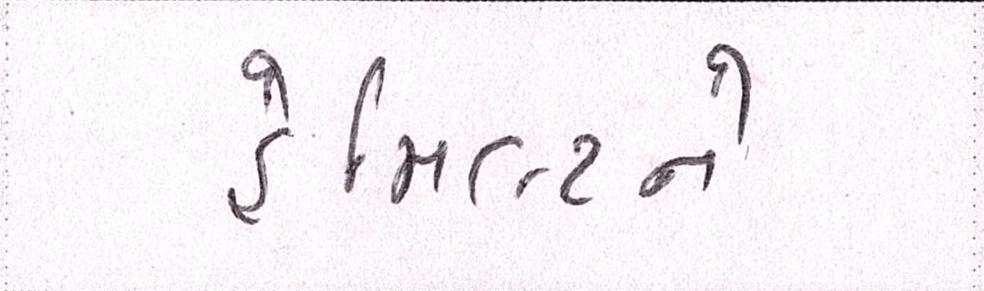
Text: હેમિલ્ટને